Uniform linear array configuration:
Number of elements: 12
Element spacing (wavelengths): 1
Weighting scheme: blackman
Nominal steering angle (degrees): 30
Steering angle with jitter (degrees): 29.181
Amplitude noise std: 0.05
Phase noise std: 0.05

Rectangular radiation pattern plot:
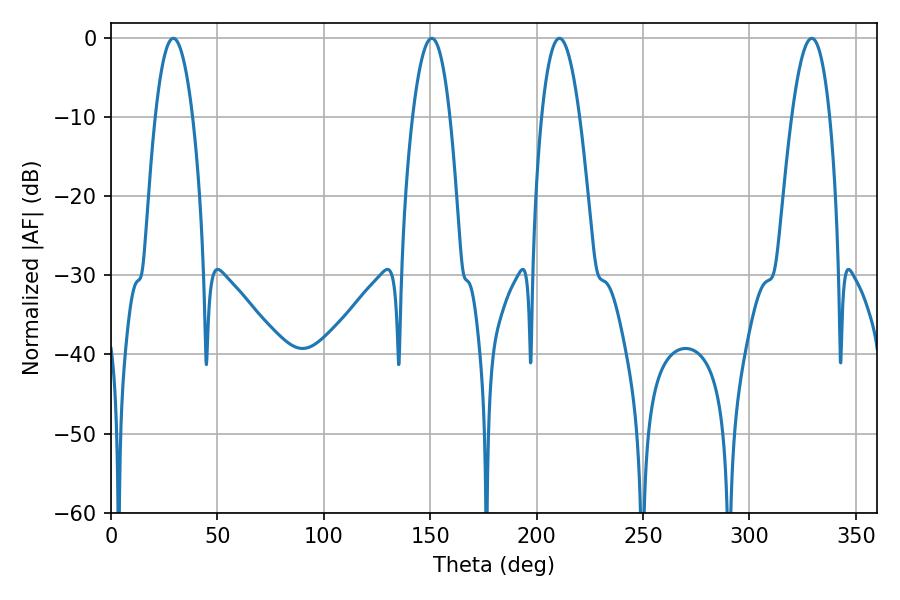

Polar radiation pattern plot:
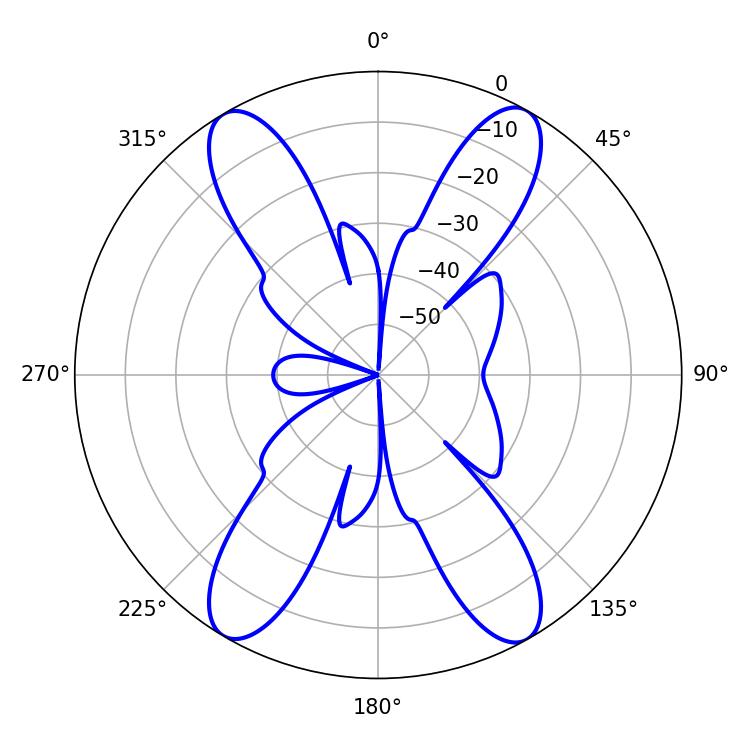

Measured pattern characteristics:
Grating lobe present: TRUE
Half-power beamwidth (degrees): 9.9
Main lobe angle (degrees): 210.78